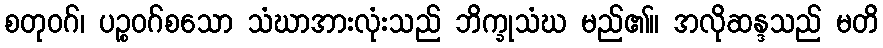
စတုဝဂ်၊ ပဉ္စဝဂ်စသော သံဃာအားလုံးသည် ဘိက္ခုသံဃ မည်၏။ အလိုဆန္ဒသည် မတိ